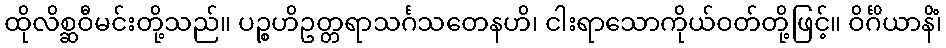
ထိုလိစ္ဆဝီမင်းတို့သည်။ ပဉ္စဟိဥတ္တရာသင်္ဂသတေနဟိ၊ ငါးရာသောကိုယ်ဝတ်တို့ဖြင့်။ ဝိင်္ဂိယာနိံ၊